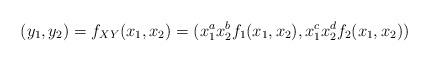
LaTeX: \begin{align*}(y_1,y_2) = f_{XY}(x_1,x_2) = (x_1^a x_2^b f_1(x_1,x_2),x_1^cx_2^d f_2(x_1,x_2))\end{align*}